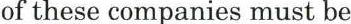
of these companies must be